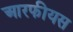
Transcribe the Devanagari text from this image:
आरफीयस